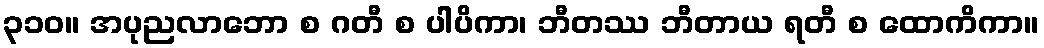
၃၁၀။ အပုညလာဘော စ ဂတီ စ ပါပိကာ၊ ဘီတဿ ဘီတာယ ရတီ စ ထောကိကာ။